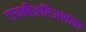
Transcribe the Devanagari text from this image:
टायबीअरिअसला